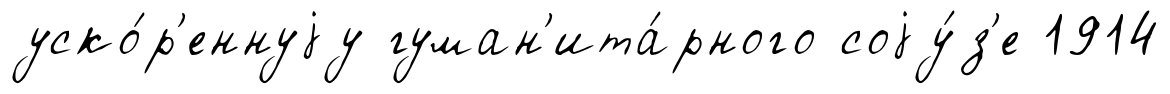
уско́р'еннуjу гуман'ита́рного соjу́з'е 1914